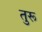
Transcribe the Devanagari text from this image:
तुरू